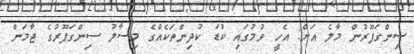
ސިންގަޕޫރުން މާލެ އަށް: އެހީ ވުމުގައި ކުޑަ ކުދިންތަކެއްގެ މިސާލު ސިންގަޕޫރުގެ ޖާމަން